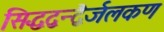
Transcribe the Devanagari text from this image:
सिद्धद्वन्द्वैर्जलकण